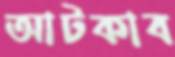
আটকাব